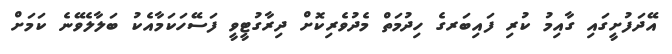
އޭދަފުށީގައި ގާއިމު ކުރި ފައިބަރގެ ހިދުމަތް މެދުވެރިކޮށް ދިރާގުޓީވީ ފަސޭހަކަމާއެކު ބަލާލެވޭނެ ކަމަށް